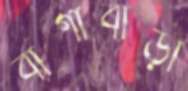
বাগাবাড়ী